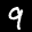
Label: 9